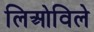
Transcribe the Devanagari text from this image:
लिओविले